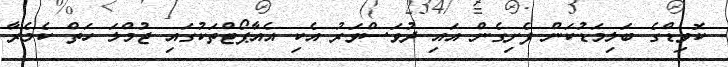
ކޮވިޑްގެ ބަލިމަޑުކަން ފެށިގެން އައި ދުވަސްވަރު އެކި އެއާޕޯޓްތަކުގައި ޖުމްލަ ހަތް ކެމެރާ